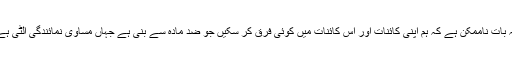
یہ بات ناممکن ہے کہ ہم اپنی کائنات اور اس کائنات میں کوئی فرق کر سکیں جو ضد مادّہ سے بنی ہے جہاں مساوی نمائندگی الٹی ہے۔